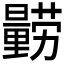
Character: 𲇃